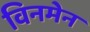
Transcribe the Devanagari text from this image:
विनमेन